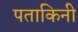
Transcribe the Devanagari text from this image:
पताकिनी